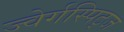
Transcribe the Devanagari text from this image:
ज्वेर्गस्पिट्ज